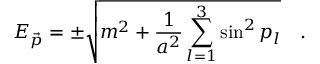
E _ { \vec { p } } = \pm \sqrt { m ^ { 2 } + \frac { 1 } { a ^ { 2 } } \sum _ { l = 1 } ^ { 3 } \sin ^ { 2 } p _ { l } } \quad .